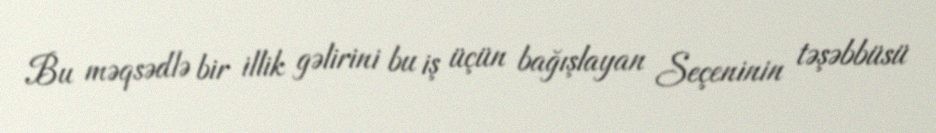
Bu məqsədlə bir illik gəlirini bu iş üçün bağışlayan Seçeninin təşəbbüsü